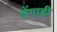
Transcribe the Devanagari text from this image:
शेंगाही